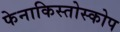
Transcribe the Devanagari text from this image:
फेनाकिस्तोस्कोप